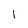
Character: l